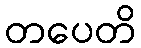
တပေတိ